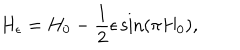
H _ { \epsilon } = H _ { 0 } - \frac { 1 } { 2 } \epsilon \sin ( \pi H _ { 0 } ) ,